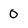
Character: 0